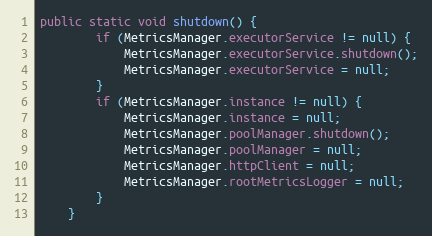
Language: Java
public static void shutdown() {
        if (MetricsManager.executorService != null) {
            MetricsManager.executorService.shutdown();
            MetricsManager.executorService = null;
        }
        if (MetricsManager.instance != null) {
            MetricsManager.instance = null;
            MetricsManager.poolManager.shutdown();
            MetricsManager.poolManager = null;
            MetricsManager.httpClient = null;
            MetricsManager.rootMetricsLogger = null;
        }
    }